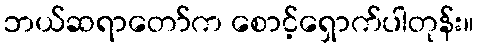
ဘယ်ဆရာတော်က စောင့်ရှောက်ပါတုန်း။